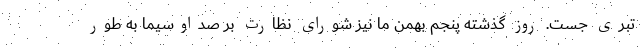
تبری جست. روز گذشته پنجم بهمن ما نیز شورای نظارت بر صداوسیما به طور